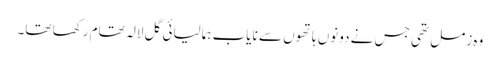
وہ زمل تھی جس نے دونوں ہاتھوں سے نایاب ہمالیائی گل لالہ تھام رکھا تھا۔